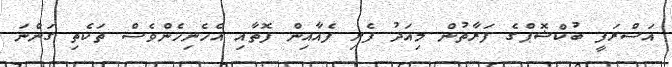
އަސްރަފީ ބުކްޝޮޕްގެ ފަރާތުން މިއަދު ފެށި ފެއާއިން ފޮތާއި އެހެނިހެންވެސް ތަކެތި ގަންނަ